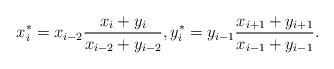
LaTeX: \begin{align*} x_i^*=x_{i-2} \frac{x_{i}+y_{i}}{x_{i-2}+y_{i-2}},y_i^*=y_{i-1} \frac{x_{i+1}+y_{i+1}}{x_{i-1}+y_{i-1}}.\end{align*}